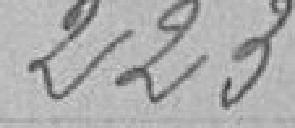
223